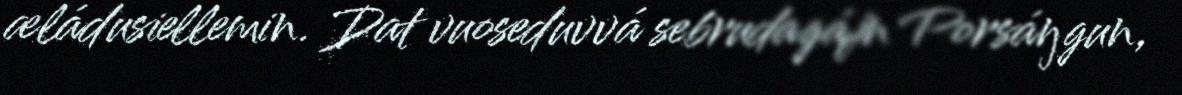
æládusiellemin. Dat vuoseduvvá sebrudagájn Porsáŋgun,